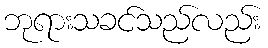
ဘုရားသခင်သည်လည်း